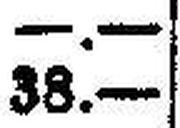
38.—